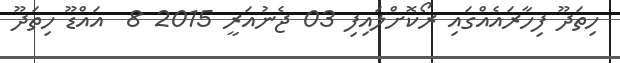
ހިތަދޫ ފިހާރައެއްގައި ރޯކޮށްލައިފި 03 ޖެނުއަރީ 2015 8  އައްޑޫ ހިތަދޫ